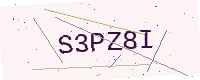
Text: S3PZ8I